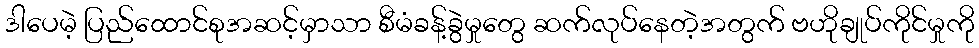
ဒါပေမဲ့ ပြည်ထောင်စုအဆင့်မှာသာ စီမံခန့်ခွဲမှုတွေ ဆက်လုပ်နေတဲ့အတွက် ဗဟိုချုပ်ကိုင်မှုကို